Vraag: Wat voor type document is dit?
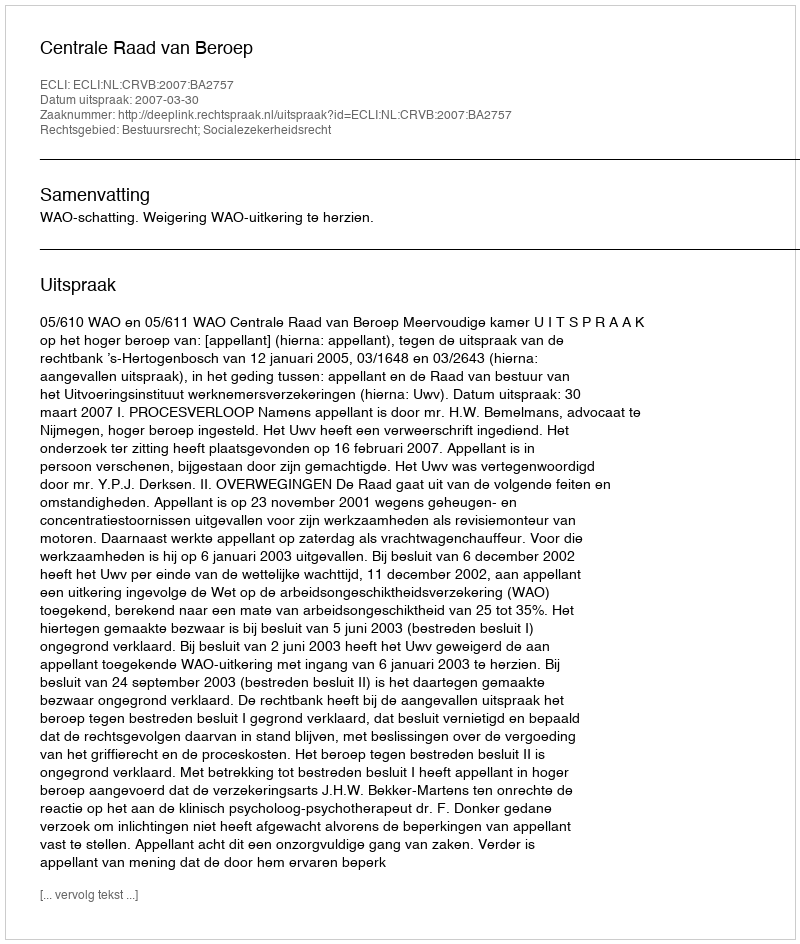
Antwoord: Uitspraak